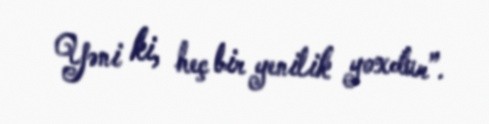
Yəni ki, heç bir yenilik yoxdur”.